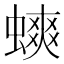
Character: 䗮